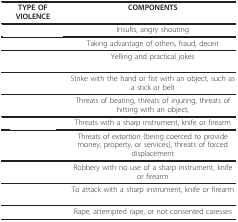
<table><thead><tr><td><b>TYPE OF VIOLENCE</b></td><td><b>COMPONENTS</b></td></tr></thead><tbody><tr><td>[EMPTY_CELL]</td><td>Insults, angry shouting</td></tr><tr><td>[EMPTY_CELL]</td><td>Taking advantage of others, fraud, deceit</td></tr><tr><td>[EMPTY_CELL]</td><td>Yelling and practical jokes</td></tr><tr><td>[EMPTY_CELL]</td><td>Strike with the hand or fist with an object, such as a stick or belt</td></tr><tr><td>[EMPTY_CELL]</td><td>Threats of beating, threats of injuring, threats of hitting with an object,</td></tr><tr><td>[EMPTY_CELL]</td><td>Threats with a sharp instrument, knife or firearm</td></tr><tr><td>[EMPTY_CELL]</td><td>Threats of extortion (being coerced to provide money, property, or services), threats of forced displacement</td></tr><tr><td>[EMPTY_CELL]</td><td>Robbery with no use of a sharp instrument, knife or firearm</td></tr><tr><td>[EMPTY_CELL]</td><td>To attack with a sharp instrument, knife or firearm</td></tr><tr><td>[EMPTY_CELL]</td><td>Rape, attempted rape, or not consented caresses</td></tr></tbody></table>